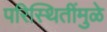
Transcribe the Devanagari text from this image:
परिस्थितींमुळे